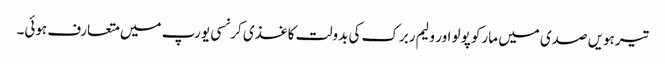
تیرہویں صدی میں مارکو پولو اور ولیم ربرک کی بدولت کاغذی کرنسی یورپ میں متعارف ہوئی۔